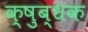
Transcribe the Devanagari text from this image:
क्षुब्धक